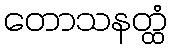
တောသနတ္ထံ